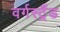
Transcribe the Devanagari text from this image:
वर्गस्ट्रैंड